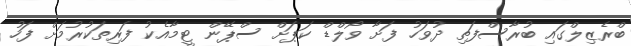
ބްރެޒިލްގައި ބުރާސްފަތި ދުވަހު ފަށާ ވޯލްޑް ކަޕަށް ސްޕޭން ޓީމާއެކު ފަރިތަކުރުމަށް ފަހު